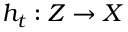
h _ { t } : Z \to X